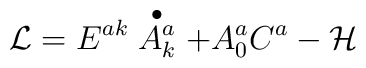
{\cal L}=E^{ak}\stackrel{\bullet }{A_k^a}+A_0^aC^a-{\cal H}